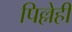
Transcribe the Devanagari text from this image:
पिल्लेही